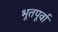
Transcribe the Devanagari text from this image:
भूतपूर्वा